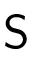
\mathsf { S }